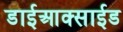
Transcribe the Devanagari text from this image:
डाईआक्साईड